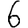
Digit: 6